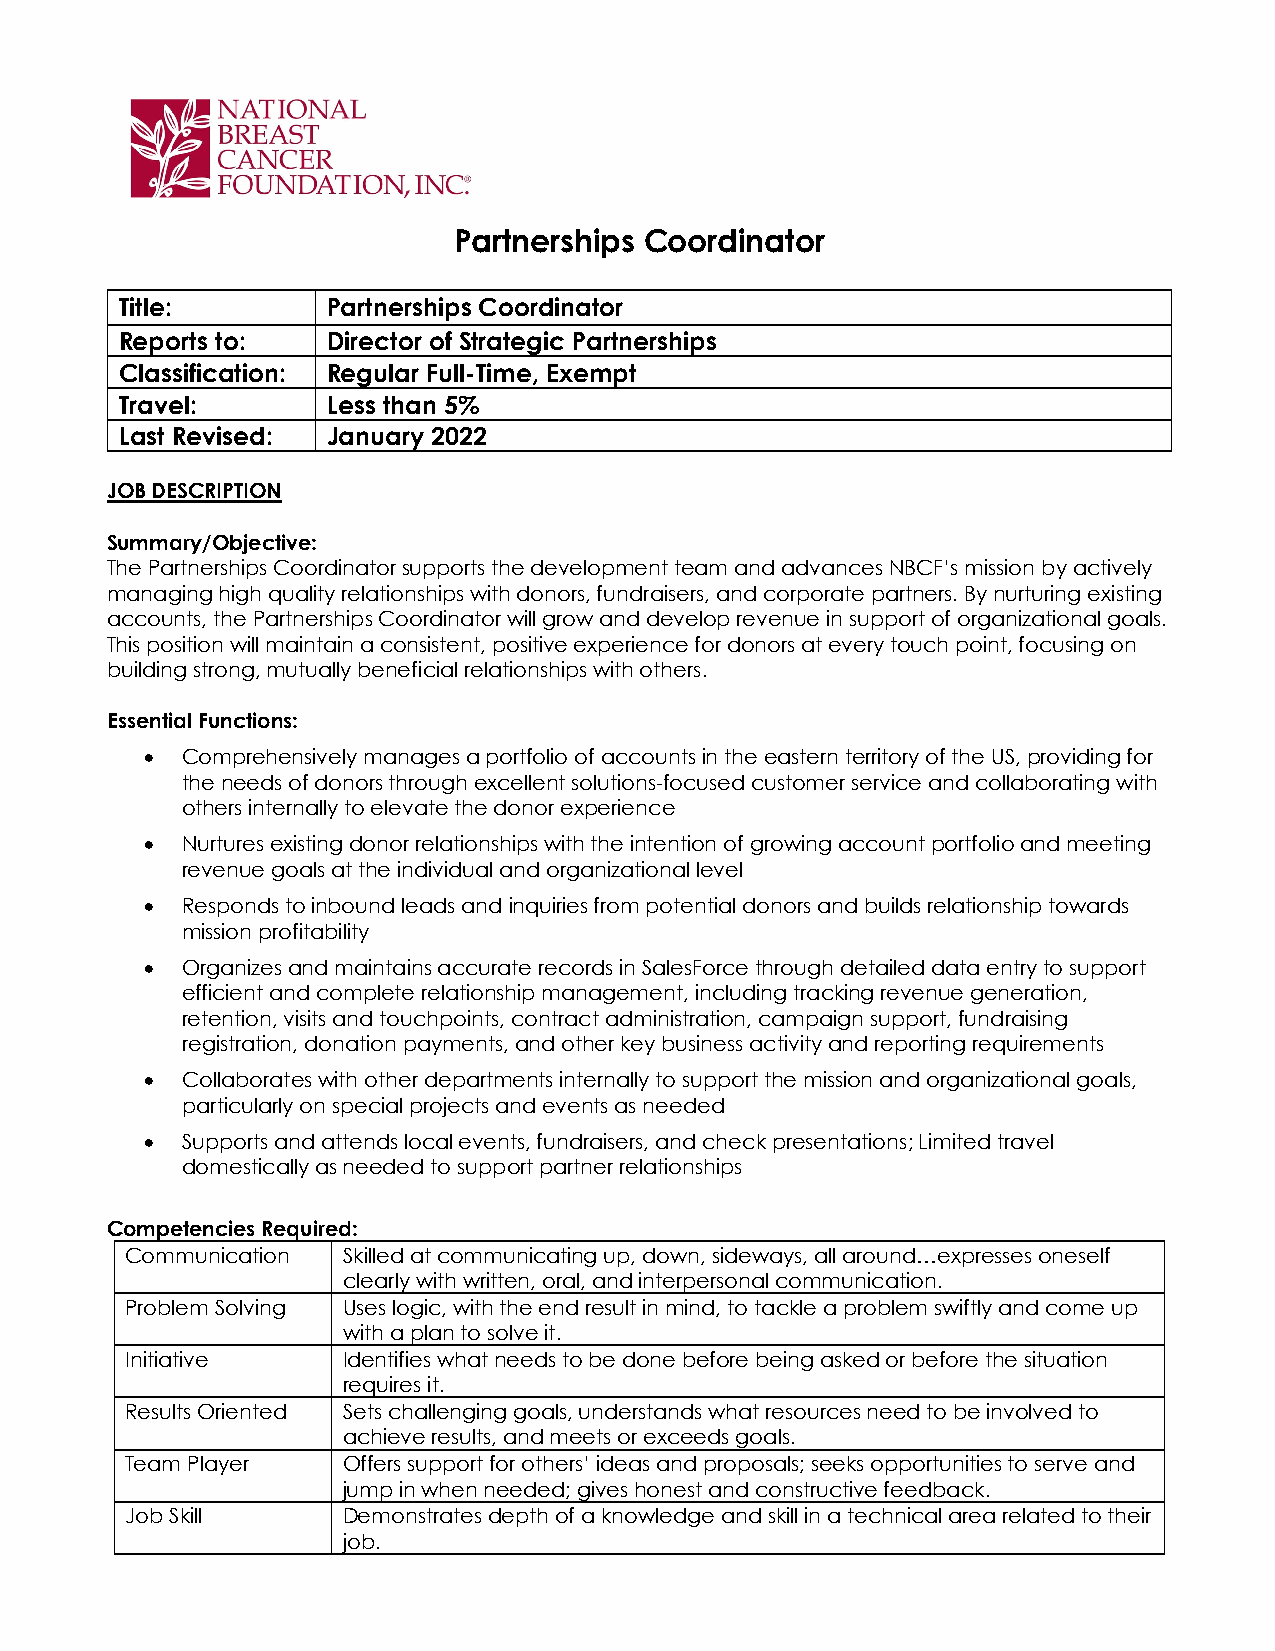
Partnerships Coordinator
 Title:        Partnerships Coordinator
 Reports to:   Director of Strategic Partnerships
 Classification: Regular Full-Time, Exempt
 Travel:       Less than 5%
 Last Revised: January 2022
 JOB DESCRIPTION
 Summary/Objective:
 The Partnerships Coordinator supports the development team and advances NBCF’s mission by actively
 managing high quality relationships with donors, fundraisers, and corporate partners. By nurturing existing
 accounts, the Partnerships Coordinator will grow and develop revenue in support of organizational goals.
 This position will maintain a consistent, positive experience for donors at every touch point, focusing on
 building strong, mutually beneficial relationships with others.
 Essential Functions:
 • Comprehensively manages a portfolio of accounts in the eastern territory of the US, providing for
 the needs of donors through excellent solutions-focused customer service and collaborating with
 others internally to elevate the donor experience
 • Nurtures existing donor relationships with the intention of growing account portfolio and meeting
 revenue goals at the individual and organizational level
 • Responds to inbound leads and inquiries from potential donors and builds relationship towards
 mission profitability
 • Organizes and maintains accurate records in SalesForce through detailed data entry to support
 efficient and complete relationship management, including tracking revenue generation,
 retention, visits and touchpoints, contract administration, campaign support, fundraising
 registration, donation payments, and other key business activity and reporting requirements
 • Collaborates with other departments internally to support the mission and organizational goals,
 particularly on special projects and events as needed
 • Supports and attends local events, fundraisers, and check presentations; Limited travel
 domestically as needed to support partner relationships
 Competencies Required:
 Communication  Skilled at communicating up, down, sideways, all around…expresses oneself
 clearly with written, oral, and interpersonal communication.
 Problem Solving Uses logic, with the end result in mind, to tackle a problem swiftly and come up
 with a plan to solve it.
 Initiative     Identifies what needs to be done before being asked or before the situation
 requires it.
 Results Oriented Sets challenging goals, understands what resources need to be involved to
 achieve results, and meets or exceeds goals.
 Team Player    Offers support for others’ ideas and proposals; seeks opportunities to serve and
 jump in when needed; gives honest and constructive feedback.
 Job Skill      Demonstrates depth of a knowledge and skill in a technical area related to their
 job.